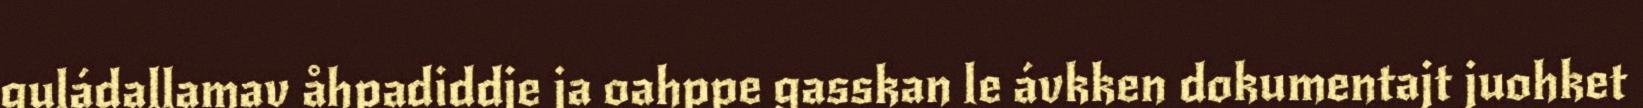
guládallamav åhpadiddje ja oahppe gasskan le ávkken dokumentajt juohket